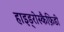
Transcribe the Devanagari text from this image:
हाइड्रोस्कैफ़िडी